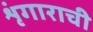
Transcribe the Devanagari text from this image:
शृंगाराची